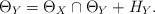
LaTeX: \begin{align*}\Theta_Y=\Theta_X\cap \Theta_Y+H_Y.\end{align*}